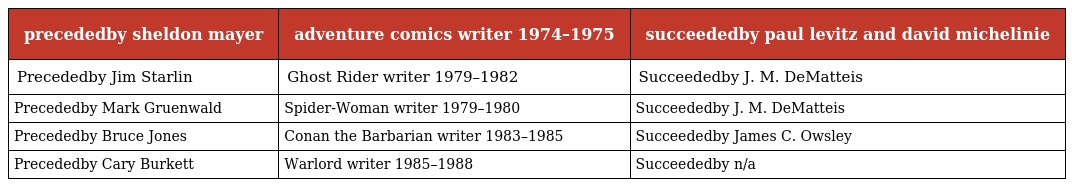
| precededby sheldon mayer | adventure comics writer 1974–1975 | succeededby paul levitz and david michelinie |
 | --- | --- | --- |
 | Precededby Jim Starlin | Ghost Rider writer 1979–1982 | Succeededby J. M. DeMatteis |
 | Precededby Mark Gruenwald | Spider-Woman writer 1979–1980 | Succeededby J. M. DeMatteis |
 | Precededby Bruce Jones | Conan the Barbarian writer 1983–1985 | Succeededby James C. Owsley |
 | Precededby Cary Burkett | Warlord writer 1985–1988 | Succeededby n/a |